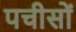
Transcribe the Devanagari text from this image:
पचीसों